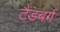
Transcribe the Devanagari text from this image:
टैंडबर्ग